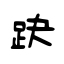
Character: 趹